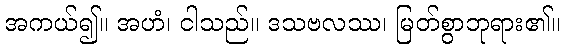
အကယ်၍။ အဟံ၊ ငါသည်။ ဒသဗလဿ၊ မြတ်စွာဘုရား၏။